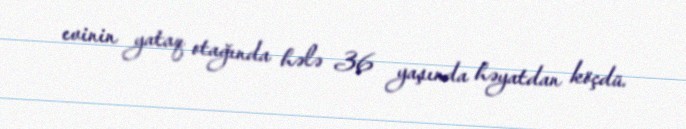
evinin yataq otağında hələ 36 yaşında həyatdan köçdü.